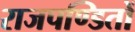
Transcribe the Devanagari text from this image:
राजपण्डितों